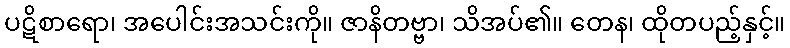
ပဋိစာရော၊ အပေါင်းအသင်းကို။ ဇာနိတဗ္ဗာ၊ သိအပ်၏။ တေန၊ ထိုတပည့်နှင့်။